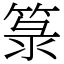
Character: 箓